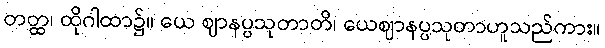
တတ္ထ၊ ထိုဂါထာ၌။ ယေ ဈာနပ္ပသုတာတိ၊ ယေဈာနပ္ပသုတာဟူသည်ကား။